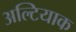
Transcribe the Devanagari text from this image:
अल्टियाक